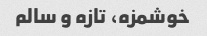
خوشمزه، تازه و سالم